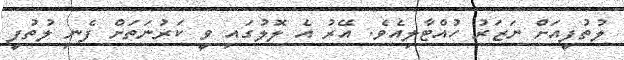
ލުތުފީއަށް ނަޒަރު ހުއްޓާލިއެވެ. އޭރު އެ ލޮލުގައި ވީ ކަރުނަތަށް ފެނި ލުތުފީ